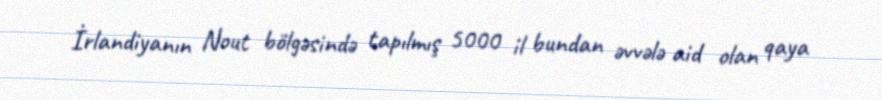
İrlandiyanın Nout bölgəsində tapılmış 5000 il bundan əvvələ aid olan qaya